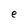
Character: e